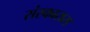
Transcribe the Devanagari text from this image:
संस्कारास